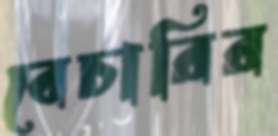
বেচারির